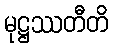
မုဋ္ဌဿတီတိ